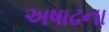
અષાઢના